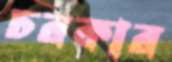
চরকার